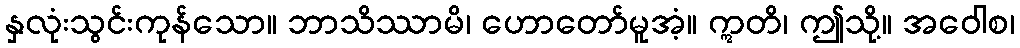
နှလုံးသွင်းကုန်သော။ ဘာသိဿာမိ၊ ဟောတော်မူအံ့။ ဣတိ၊ ဤသို့။ အဝေါစ၊